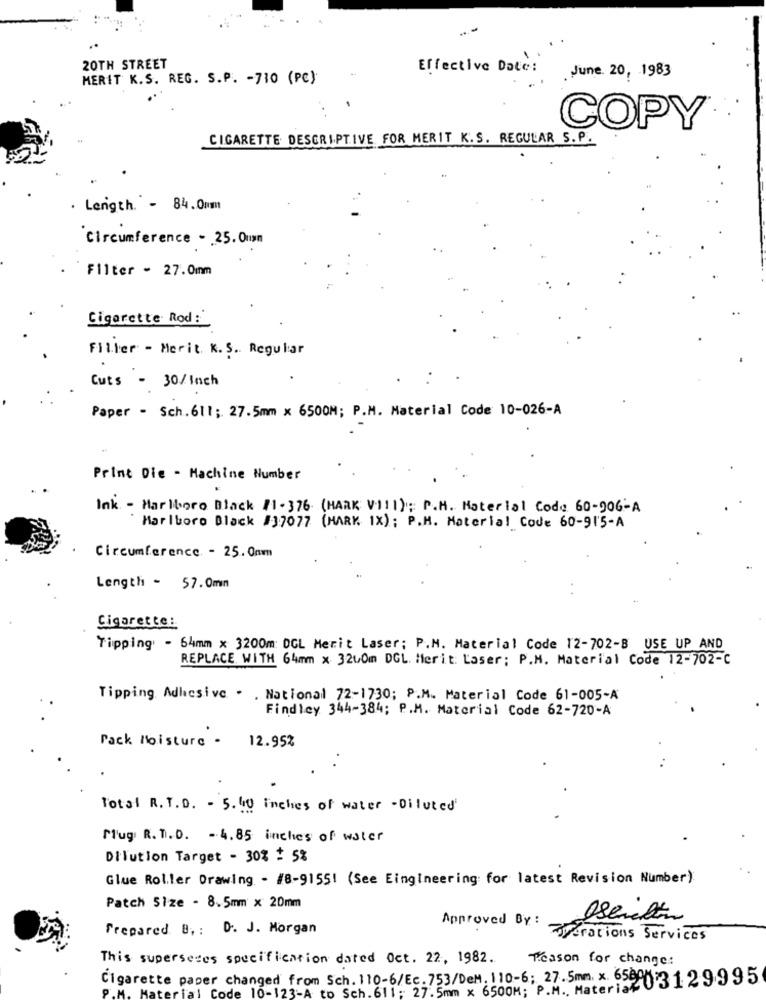
20TH STREET
Effective Date:
June 20, 1983
MERIT K.S. REG. S.P. - 710 (PC)
COPY
CIGARETTE DESCRIPTIVE FOR MERIT K.S. REGULAR S.P.
. Length. - 84.0mm
Circumference - . 25. Oun
Filter - 27.0mm
Cigarette Rod :
Filler - Merit. K.S. Regular
Cuts - 30/lach
Paper - Sch.611; 27.5mm × 6500M; P.M. Material Code 10-026-A
Print Die - Machine Number
Ink - Marlboro Black /1 -376 (MARK V-111); P.H. Material Code 60-906-A
Marlboro Black #37077 (MARK 1X); P.M. Material Code 60-91'5-A
Circumference. - 25.0mm
Length - 57.0mm
Cigarette:
Tipping - 64mm × 3200m: DGL Merit Laser; P.M. Material Code 12-702-B USE UP AND
REPLACE WITH 64mm x 3260m DGL. Merit: Laser ; P.M. Material Code 12-702-C
Tipping Adhesive . . National 72-1730; P.M. Material Code 61-005-A
Findley 344-384; P.M. Material Code 62-720-A
Pack Moisture .
12.95%
Total R. T.D. - 5. 40 inches of water -Diluted
Mug R. T.D. - 4.85 inches of water
Dilution Target - 30% + 5%
Glue Roller Drawing - #8-91551 (See EingIneering for latest Revision Number)
Patch Size - 8.5mm x 20mm
Prepared B, : D. J. Morgan
Approved By :
Opérations Services
This superseres specification dated Oct. 22, 1982.
Reason for change:
Cigarette paper changed from Sch. 110-6/Ec. 753/Dem. 110-6; 27.5mm. x. 6580
to Sch.611; 27.5mm × 6500M; P.M ., Materia203129995
rial Code 10-123-A